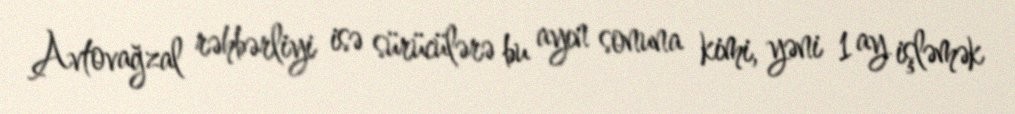
Avtovağzal rəhbərliyi isə sürücülərə bu ayın sonuna kimi, yəni 1 ay işləmək